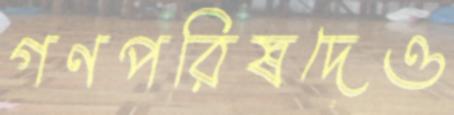
গণপরিষদেও